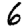
Digit: 6